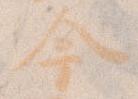
今